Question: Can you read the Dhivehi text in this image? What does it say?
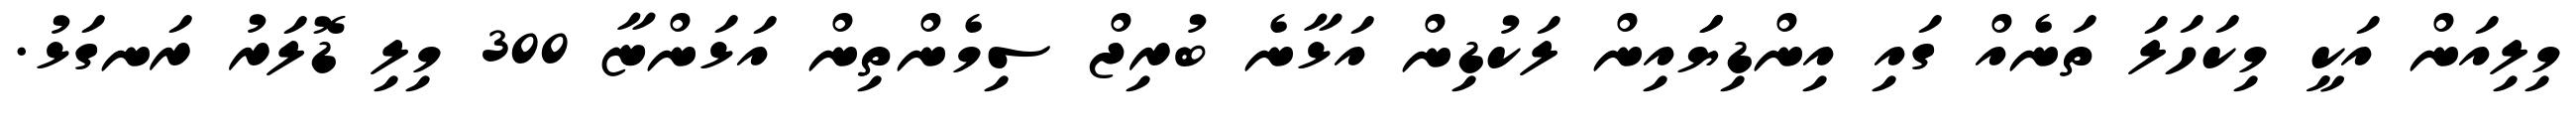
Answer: މިލިއަން އަކީ މިކަހަލަ ތަނެއް ގައި އިންޑިޔަައިން ލަކުޑިން އަޅާނެ ބުރިޖް ސިމެންތިން އަޅަންޏާ 300 މިލި ޑޮލަރު ރަނގަޅު.